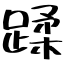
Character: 蹂